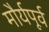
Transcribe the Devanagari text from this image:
मौर्यपूर्व